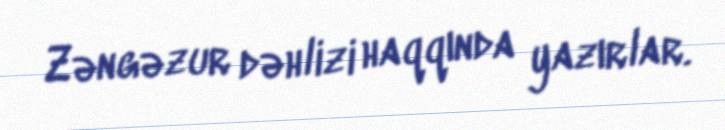
Zəngəzur dəhlizi haqqında yazırlar.